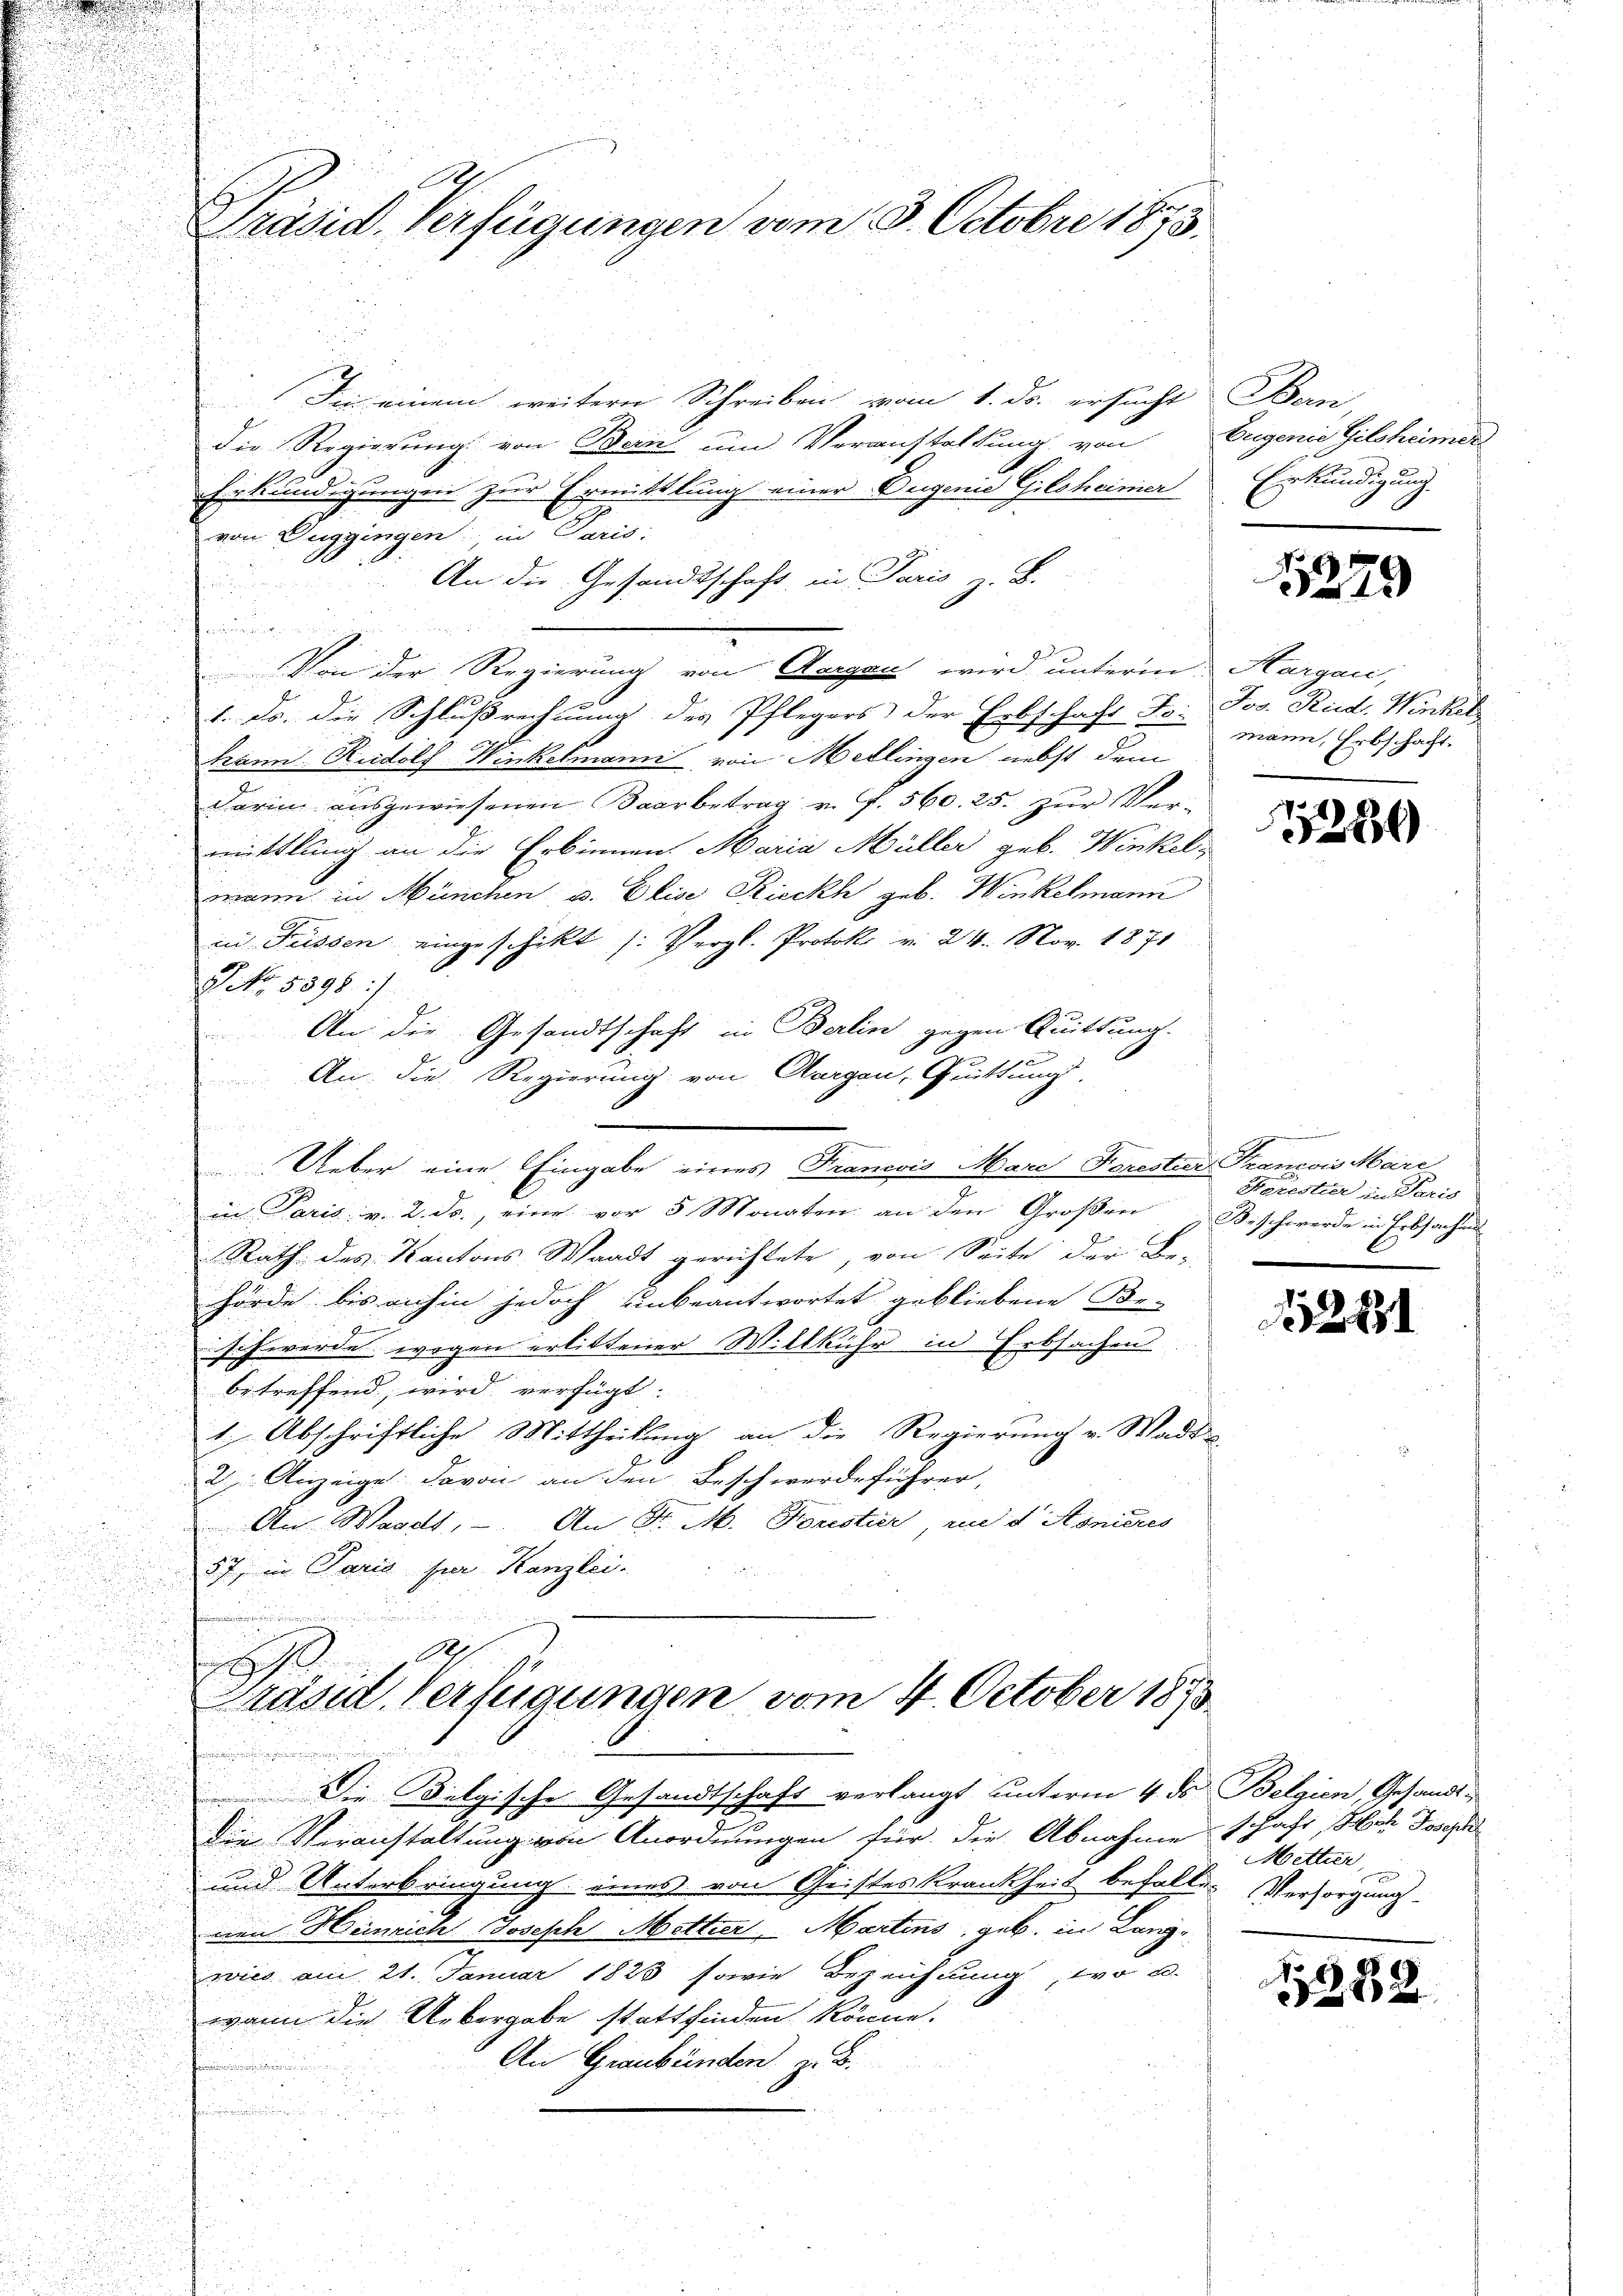
Präsid. Verfügungen vom 3. Octobre 1873.

Iin einem weitern Schreiben vom 1. ds. ersucht Bern,
die Regierung von Bein um Veranstaltung, von
Erkundigungen zur Ermittlung einer Dugenie Gilsheimier
von Luggingen in Paris;
An die Gesandtschaft in Paris S.
Grunde
Von der Regierung von Aargau wird unterm Kargau,
1. ds. die Schlußrechnung des Pflegers der Erbschaft Fo
u
n
Kann Rudolf Winkelmann von Mellingen nebst dem
Darin ausgewiesenen Baarbetrag v. f. 560. 25. zur Ver-
mittlung an die Erbennen Maria Müller geb. Winkelmann in München u. Elise Rieckh geb. Winkelmann
in Füssen eingeschikt (Vergl. Protok. v. 24. Nov. 1871
NNo. 5598 :/
An die Gesandtschaft in Berlin gegen Quittung.
An; die Regierung von Aargau, Quittung,
.

u
8
2
Ueber eine Eingabe eines Francois Mare Forestier Francois Mari

in Paris. v. 2. ds., eine vor 5 Monaten an den Groβen Beschwerde in Erbsachen

Rath des Kantons Waadt gerichtete, von Seite der Be-

.
i
hörde bis anhin jedoch unbeantwortet gebliebene Be-
Schein
u
schwerde wegen erlittener Willkühr in Erbsachen.
.

betreffend, wird verfügt:
1.) Abschriftliche Mittheilung an die Regierung v. Wade-
2 Anzeige: Davon an den Beschwerdeführer,
An Waadt, . An St. M. Forestier, und d Aonieres
57, in Paris per Kanzlei.
.
a
.
h
Präsid, Verfügungen vom 4. October 1873
m
Die Belgische Gesandtschaft verlangt unterm 4. ds. Belgien, Gesandt¬
Die Veranstaltung von Anordnungen für die Abnahme Jahr, aber Jose
und Unterbringung eines von Geisteskrankheit befallen Versorgungs-
nen Heinrich Joseph Metter, Martens, geb. in Lang
¬
wies am 21. Januar 1823 sowie Bezeichnung, wo e
wann die Uebergabe stattfinden könne.
An Graubünden, z. B.
n

Eugenie Gilsheimer
Einkündigung

5279

Jos. Rud. Winkel
mann, Erbschaft.

286

.
Forestier in Paris

128

Metter,

282